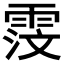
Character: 𫕦